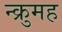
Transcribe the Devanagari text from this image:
न्क्रुमह